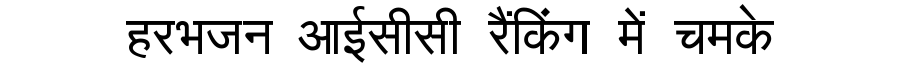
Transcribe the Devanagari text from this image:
हरभजन आईसीसी रैंकिंग में चमके